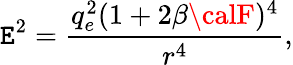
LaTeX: \mathtt{E}^{2}=\frac{{q_{e}^{2}(1+2\beta{\calF})^{4}}}{{r^{4}}},